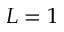
L = 1